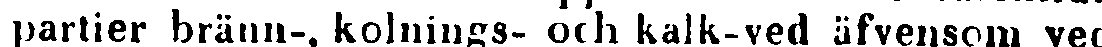
partier bränn-, kolnings- och kalk-ved äfvensom ved